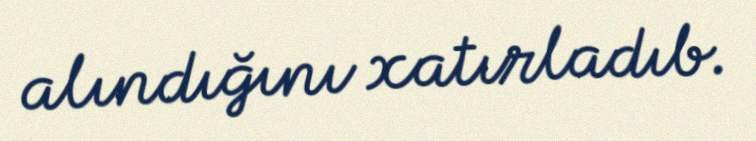
alındığını xatırladıb.